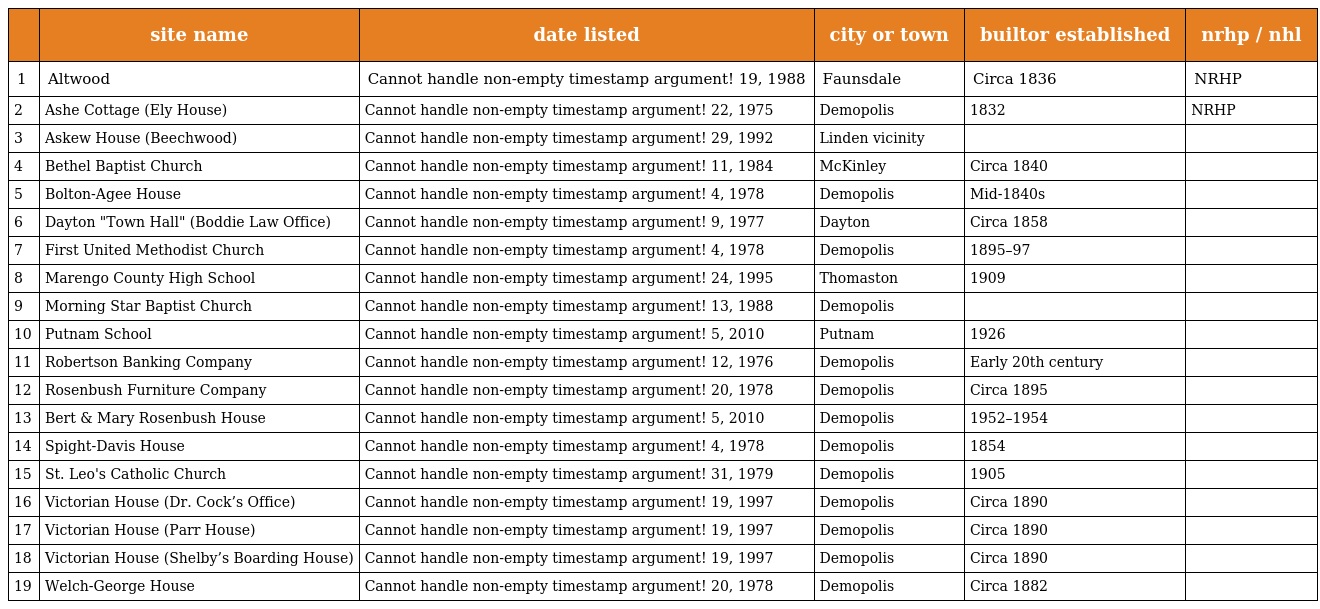
|  | site name | date listed | city or town | builtor established | nrhp / nhl |
 | --- | --- | --- | --- | --- | --- |
 | 1 | Altwood | Cannot handle non-empty timestamp argument! 19, 1988 | Faunsdale | Circa 1836 | NRHP |
 | 2 | Ashe Cottage (Ely House) | Cannot handle non-empty timestamp argument! 22, 1975 | Demopolis | 1832 | NRHP |
 | 3 | Askew House (Beechwood) | Cannot handle non-empty timestamp argument! 29, 1992 | Linden vicinity |  |  |
 | 4 | Bethel Baptist Church | Cannot handle non-empty timestamp argument! 11, 1984 | McKinley | Circa 1840 |  |
 | 5 | Bolton-Agee House | Cannot handle non-empty timestamp argument! 4, 1978 | Demopolis | Mid-1840s |  |
 | 6 | Dayton "Town Hall" (Boddie Law Office) | Cannot handle non-empty timestamp argument! 9, 1977 | Dayton | Circa 1858 |  |
 | 7 | First United Methodist Church | Cannot handle non-empty timestamp argument! 4, 1978 | Demopolis | 1895–97 |  |
 | 8 | Marengo County High School | Cannot handle non-empty timestamp argument! 24, 1995 | Thomaston | 1909 |  |
 | 9 | Morning Star Baptist Church | Cannot handle non-empty timestamp argument! 13, 1988 | Demopolis |  |  |
 | 10 | Putnam School | Cannot handle non-empty timestamp argument! 5, 2010 | Putnam | 1926 |  |
 | 11 | Robertson Banking Company | Cannot handle non-empty timestamp argument! 12, 1976 | Demopolis | Early 20th century |  |
 | 12 | Rosenbush Furniture Company | Cannot handle non-empty timestamp argument! 20, 1978 | Demopolis | Circa 1895 |  |
 | 13 | Bert & Mary Rosenbush House | Cannot handle non-empty timestamp argument! 5, 2010 | Demopolis | 1952–1954 |  |
 | 14 | Spight-Davis House | Cannot handle non-empty timestamp argument! 4, 1978 | Demopolis | 1854 |  |
 | 15 | St. Leo's Catholic Church | Cannot handle non-empty timestamp argument! 31, 1979 | Demopolis | 1905 |  |
 | 16 | Victorian House (Dr. Cock’s Office) | Cannot handle non-empty timestamp argument! 19, 1997 | Demopolis | Circa 1890 |  |
 | 17 | Victorian House (Parr House) | Cannot handle non-empty timestamp argument! 19, 1997 | Demopolis | Circa 1890 |  |
 | 18 | Victorian House (Shelby’s Boarding House) | Cannot handle non-empty timestamp argument! 19, 1997 | Demopolis | Circa 1890 |  |
 | 19 | Welch-George House | Cannot handle non-empty timestamp argument! 20, 1978 | Demopolis | Circa 1882 |  |